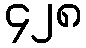
၄၂၈